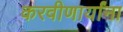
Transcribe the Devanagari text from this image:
करवीणार्यांना